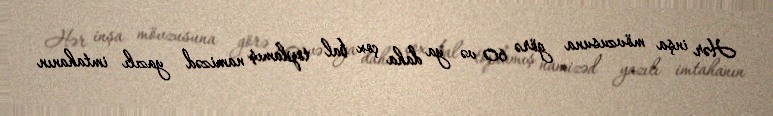
Hər inşa mövzusuna görə 60 və ya daha çox bal toplamış namizəd yazılı imtahanın